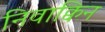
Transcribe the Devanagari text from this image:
निवाक्विन